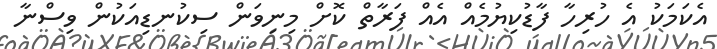
އެކަމަކު އެ ހުރިހާ ފާޑުކިޔުމެއް އެއް ފަރާތް ކޮށް މިނިވަން ސިކުނޑިއަކުން ވިސްނާ